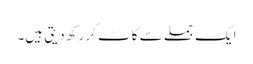
ایک جملے سے کاٹ کر رکھ دیتی ہیں۔